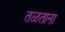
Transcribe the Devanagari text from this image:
तळताना